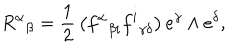
{ R ^ { \alpha } } _ { \beta } = { \frac { 1 } { 2 } } \left( { f ^ { \alpha } } _ { \beta i } { f ^ { i } } _ { \gamma \delta } \right) e ^ { \gamma } \wedge e ^ { \delta } ,